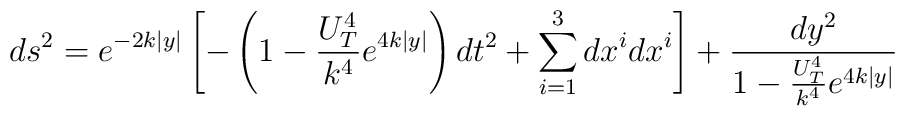
ds^2 = e^{-2k|y|}\left[ -\left( 1 - \frac{U_T^4}{k^4} e^{4 k |y|} \right) dt^2       +\sum^3_{i=1} dx^i dx^i \right]       + \frac{dy^2}{1 - \frac{U_T^4}{k^4} e^{4 k |y|}}